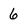
Character: 6